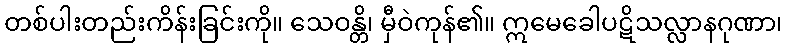
တစ်ပါးတည်းကိန်းခြင်းကို။ သေဝန္တိ၊ မှီဝဲကုန်၏။ ဣမေခေါပဋိသလ္လာနဂုဏာ၊